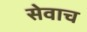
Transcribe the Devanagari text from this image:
सेवाच